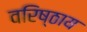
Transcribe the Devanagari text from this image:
वरिष्ठाय